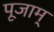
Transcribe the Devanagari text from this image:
पूजाम्